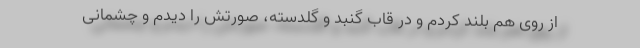
از روی هم بلند کردم و در قاب گنبد و گلدسته، صورتش را دیدم و چشمانی